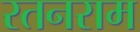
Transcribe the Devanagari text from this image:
रतनराम